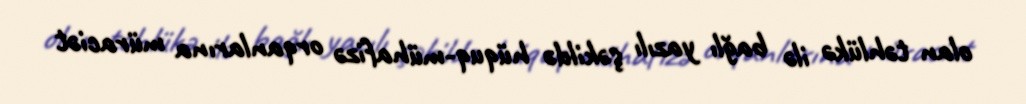
olan təhlükə ilə bağlı yazılı şəkildə hüquq-mühafizə orqanlarına müraciət